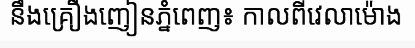
នឹងគ្រឿងញៀនភ្នំពេញ៖ កាលពីវេលាម៉ោង